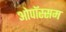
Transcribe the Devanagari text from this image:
ओपॉस्सम